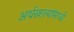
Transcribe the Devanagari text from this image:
अर्थखात्यांमध्ये